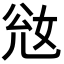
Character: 𡜎